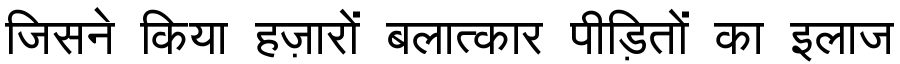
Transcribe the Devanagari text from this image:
जिसने किया हज़ारों बलात्कार पीड़ितों का इलाज